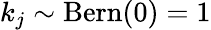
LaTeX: k_{j}\sim\operatorname{Bern}(0)=1